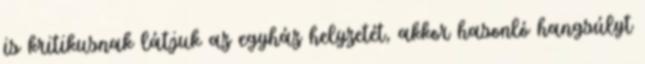
is kritikusnak látjuk az egyház helyzetét, akkor hasonló hangsúlyt